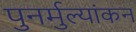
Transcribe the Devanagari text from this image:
पुनर्मुल्यांकन